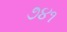
૭૪૧